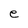
Character: e